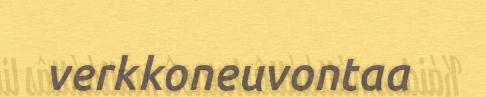
verkkoneuvontaa